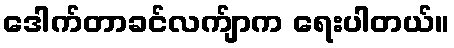
ဒေါက်တာခင်လက်ျာက ရေးပါတယ်။